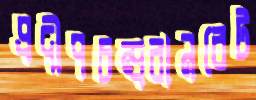
প্রদীপচন্দ্ররানরেট